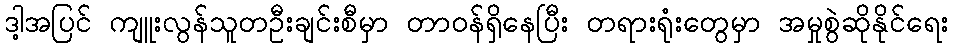
ဒါ့အပြင် ကျူးလွန်သူတဦးချင်းစီမှာ တာဝန်ရှိနေပြီး တရားရုံးတွေမှာ အမှုစွဲဆိုနိုင်ရေး